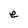
Character: e